Civil Veterinary Dept. North-West Frontier Province 1923-32 - 1923-1932
Year: 1923
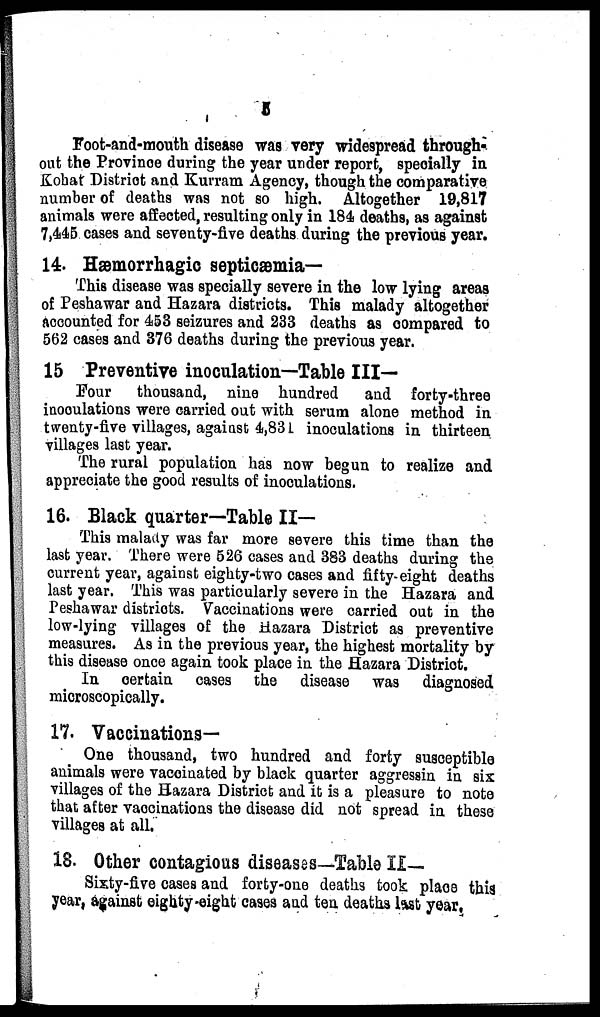
5
Foot-and-mouth disease was very widespread through-
out the Province during the year under report, specially in
Kohat District and Kurram Agency, though the comparative
number of deaths was not so high. Altogether 19,817
animals were affected, resulting only in 184 deaths, as against
7,445 cases and seventy-five deaths during the previous year.
14. Hæmorrhagic septicæmia—
This disease was specially severe in the low lying areas
of Peshawar and Hazara districts. This malady altogether
accounted for 453 seizures and 233 deaths as compared to
562 cases and 376 deaths during the previous year.
15 Preventive inoculation—Table III—
Four thousand, nine hundred
and forty-three
inoculations were carried out with serum alone method in
twenty-five villages, against 4,831 inoculations in thirteen
villages last year.
The rural population has now begun to realize and
appreciate the good results of inoculations.
16. Black quarter—Table II—
This malady was far more severe this time than the
last year. There were 526 cases and 383 deaths during the
current year, against eighty-two cases and fifty-eight deaths
last year. This was particularly severe in the Hazara and
Peshawar districts. Vaccinations were carried out in the
low-lying villages of the Hazara District as preventive
measures. As in the previous year, the highest mortality by
this disease once again took place in the Hazara District.
In certain cases the disease was diagnosed
microscopically.
17. Vaccinations—
One thousand, two hundred and forty susceptible
animals were vaccinated by black quarter aggressin in six
villages of the Hazara District and it is a pleasure to note
that after vaccinations the disease did not spread in these
villages at all.
18. Other contagious diseases—Table II—
Sixty-five cases and forty-one deaths took place this
year, against eighty-eight cases and ten deaths last year,